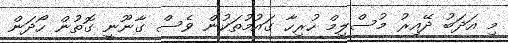
މި އަދަބު ދޭއިރު މުސްލިމް ހުރިހާ ގައުމުތަކުން ވެސް ގާނޫނީ ގޮތުން ހޯދަން